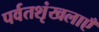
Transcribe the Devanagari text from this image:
पर्वतशृंखलाएँ